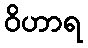
ဝိဟာရ